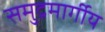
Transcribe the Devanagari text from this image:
समुद्रमार्गीय